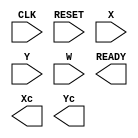

// Generated by Cadence Encounter(R) RTL Compiler v12.10-s012_1

// Verification Directory fv/GCC 

module GCC(CLK, RESET, X, Y, W, READY, Xc, Yc);
  input CLK, RESET;
  input [7:0] X, Y;
  input [3:0] W;
  output READY;
  output [7:0] Xc, Yc;
  wire CLK, RESET;
  wire [7:0] X, Y;
  wire [3:0] W;
  wire READY;
  wire [7:0] Xc, Yc;
endmodule